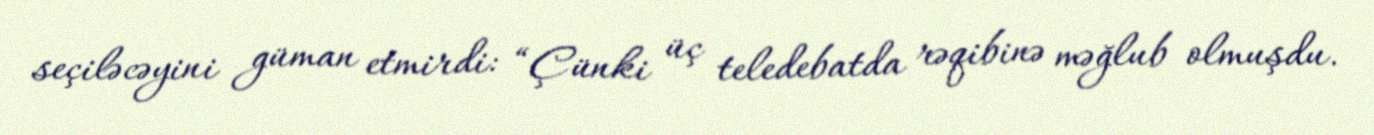
seçiləcəyini güman etmirdi: “Çünki üç teledebatda rəqibinə məğlub olmuşdu.